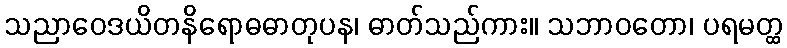
သညာဝေဒယိတနိရောဓဓာတုပန၊ ဓာတ်သည်ကား။ သဘာဝတော၊ ပရမတ္ထ